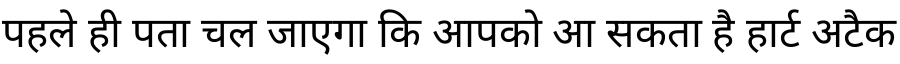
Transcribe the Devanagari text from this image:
पहले ही पता चल जाएगा कि आपको आ सकता है हार्ट अटैक